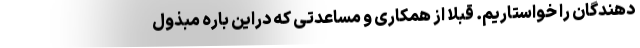
دهندگان را خواستاریم. قبلا از همکاری و مساعدتی که دراین باره مبذول